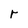
Character: r